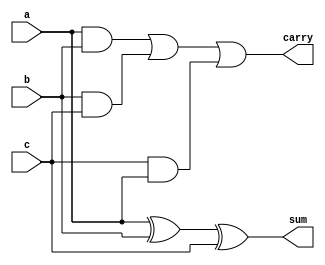
//DUT
// Code your design here
module FA(a,b,c,sum,carry);
  input a,b,c;
  output sum,carry;
  wire w1,w2,w3;
  xor(sum,a,b,c);
  and(w1,a,b);
  and(w2,b,c);
  and(w3,c,a);
  or(carry,w1,w2,w3);
endmodule

//Test Bench
// Code your testbench here
// or browse Examples
module FA_TB;
  reg a,b,c;
  wire sum,carry;
  FA x1(a,b,c,sum,carry);
  initial
    begin
      a=0;b=0;c=0; #2;
      a=0;b=0;c=1; #2;
      a=0;b=1;c=0; #2;
      a=0;b=1;c=1; #2;
      a=1;b=0;c=0; #2;
      a=1;b=0;c=1; #2;
      a=1;b=1;c=0; #2;
      a=1;b=1;c=1; #2;
      
    end
  initial begin
    $monitor("Sim Time: %t",$time);
  end
  initial begin
    $dumpfile("dump.vcd");
    $dumpvars;
  end
endmodule